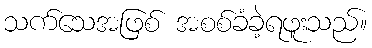
သက်သေအဖြစ် အစစ်ခံခဲ့ရဖူးသည်။